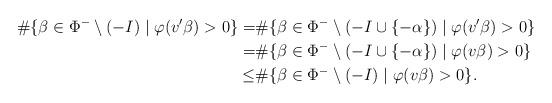
LaTeX: \begin{align*}\#\{\beta\in \Phi^-\setminus (-I)\mid \varphi(v'\beta)>0\}=&\#\{\beta\in \Phi^-\setminus(-I\cup\{-\alpha\})\mid \varphi(v'\beta)>0\}\\=&\#\{\beta\in \Phi^-\setminus(-I\cup\{-\alpha\})\mid \varphi(v\beta)>0\}\\\leq &\#\{\beta\in \Phi^-\setminus (-I)\mid \varphi(v \beta)>0\}.\end{align*}